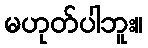
မဟုတ်ပါဘူး။